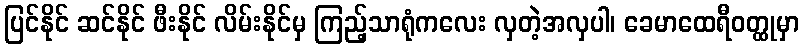
ပြင်နိုင် ဆင်နိုင် ဖီးနိုင် လိမ်းနိုင်မှ ကြည့်သာရုံကလေး လှတဲ့အလှပါ၊ ခေမာထေရီဝတ္ထုမှာ